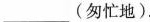
___（匆忙地）.